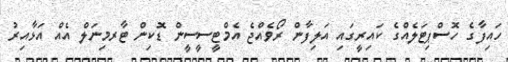
ހައިފާގެ ހޮސްޕިޓަލެއްގެ ކައިރީގައި އަލިފާން ރޯވެއްޖެ އެމްޓީސީސީން ޑޮކިން ޓާރމިނަލް އެއް އަޅާއިރު